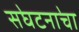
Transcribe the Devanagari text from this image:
स॓घटना॓चा